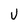
Character: V